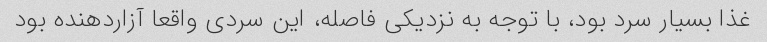
غذا بسیار سرد بود، با توجه به نزدیکی فاصله، این سردی واقعا آزاردهنده بود